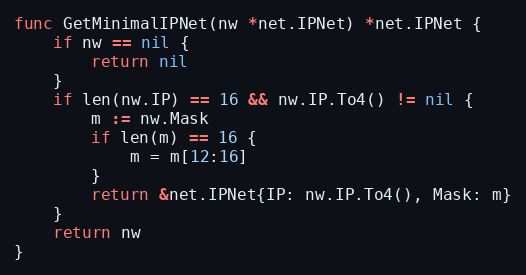
Language: Go
func GetMinimalIPNet(nw *net.IPNet) *net.IPNet {
	if nw == nil {
		return nil
	}
	if len(nw.IP) == 16 && nw.IP.To4() != nil {
		m := nw.Mask
		if len(m) == 16 {
			m = m[12:16]
		}
		return &net.IPNet{IP: nw.IP.To4(), Mask: m}
	}
	return nw
}